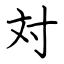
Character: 対